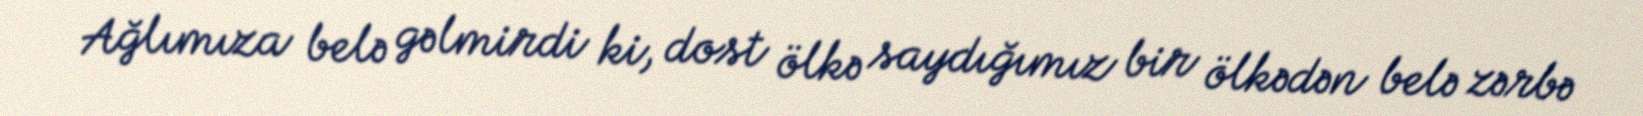
Ağlımıza belə gəlmirdi ki, dost ölkə saydığımız bir ölkədən belə zərbə